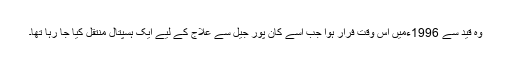
وہ قید سے 1996ءمیں اس وقت فرار ہوا جب اسے کان پور جیل سے علاج کے لیے ایک ہسپتال منتقل کیا جا رہا تھا۔